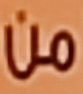
من